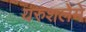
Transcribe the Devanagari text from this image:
यरुशलेमे